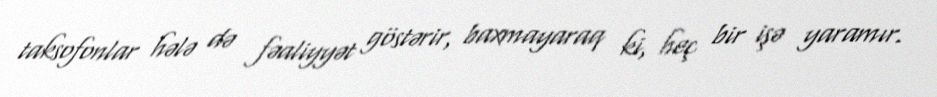
taksofonlar hələ də fəaliyyət göstərir, baxmayaraq ki, heç bir işə yaramır.